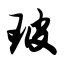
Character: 玻